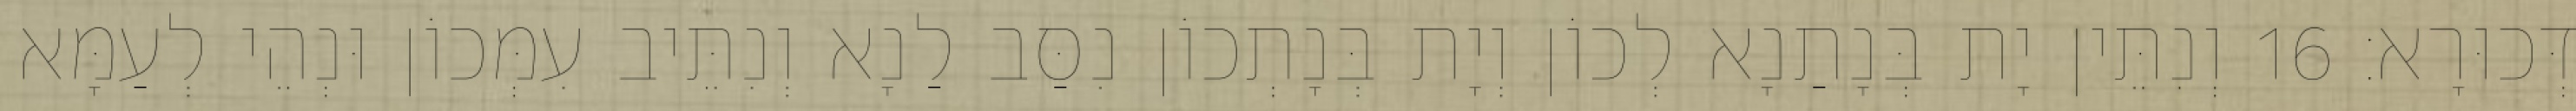
דְּכוּרָא׃ 16 וְנִתֵּין יָת בְּנָתַנָא לְכוֹן וְיָת בְּנָתְכוֹן נִסַּב לַנָא וְנִתֵּיב עִמְּכוֹן וּנְהֵי לְעַמָּא